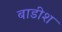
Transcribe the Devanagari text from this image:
बाडीश